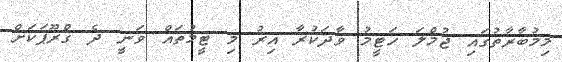
މިމުބާރާތުގައި ޖުމްލަ ހަޓީމު ވާދަކުރާ އިރު މި ޓީމުތައް ވަނީ ދެ ގްރޫޕަކަށް